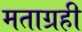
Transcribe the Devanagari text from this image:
मताग्रही